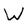
Character: w